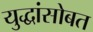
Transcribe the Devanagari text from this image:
युद्धांसोबत